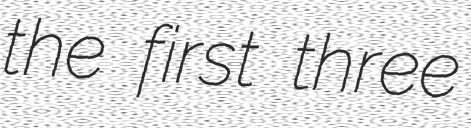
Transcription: the first three